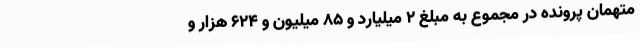
متهمان پرونده در مجموع به مبلغ 2 میلیارد و 85 میلیون و 624 هزار و